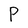
Character: P